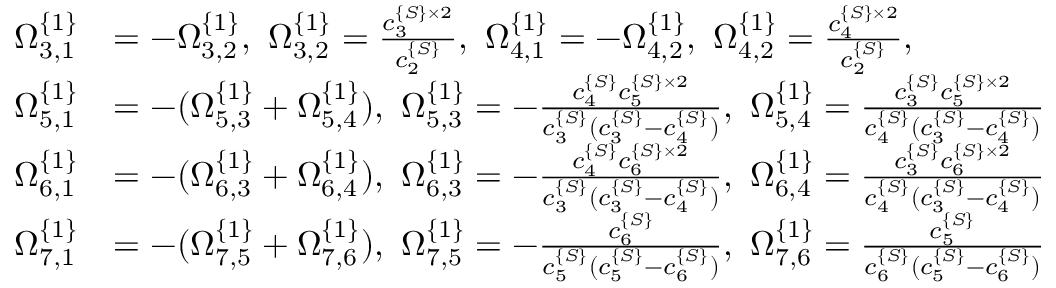
\begin{array} { r l } { \Omega _ { 3 , 1 } ^ { \{ 1 \} } } & { = - \Omega _ { 3 , 2 } ^ { \{ 1 \} } , \ \Omega _ { 3 , 2 } ^ { \{ 1 \} } = \frac { c _ { 3 } ^ { \{ S \} \times 2 } } { c _ { 2 } ^ { \{ S \} } } , \ \Omega _ { 4 , 1 } ^ { \{ 1 \} } = - \Omega _ { 4 , 2 } ^ { \{ 1 \} } , \ \Omega _ { 4 , 2 } ^ { \{ 1 \} } = \frac { c _ { 4 } ^ { \{ S \} \times 2 } } { c _ { 2 } ^ { \{ S \} } } , } \\ { \Omega _ { 5 , 1 } ^ { \{ 1 \} } } & { = - ( \Omega _ { 5 , 3 } ^ { \{ 1 \} } + \Omega _ { 5 , 4 } ^ { \{ 1 \} } ) , \ \Omega _ { 5 , 3 } ^ { \{ 1 \} } = - \frac { c _ { 4 } ^ { \{ S \} } c _ { 5 } ^ { \{ S \} \times 2 } } { c _ { 3 } ^ { \{ S \} } ( c _ { 3 } ^ { \{ S \} } - c _ { 4 } ^ { \{ S \} } ) } , \ \Omega _ { 5 , 4 } ^ { \{ 1 \} } = \frac { c _ { 3 } ^ { \{ S \} } c _ { 5 } ^ { \{ S \} \times 2 } } { c _ { 4 } ^ { \{ S \} } ( c _ { 3 } ^ { \{ S \} } - c _ { 4 } ^ { \{ S \} } ) } } \\ { \Omega _ { 6 , 1 } ^ { \{ 1 \} } } & { = - ( \Omega _ { 6 , 3 } ^ { \{ 1 \} } + \Omega _ { 6 , 4 } ^ { \{ 1 \} } ) , \ \Omega _ { 6 , 3 } ^ { \{ 1 \} } = - \frac { c _ { 4 } ^ { \{ S \} } c _ { 6 } ^ { \{ S \} \times 2 } } { c _ { 3 } ^ { \{ S \} } ( c _ { 3 } ^ { \{ S \} } - c _ { 4 } ^ { \{ S \} } ) } , \ \Omega _ { 6 , 4 } ^ { \{ 1 \} } = \frac { c _ { 3 } ^ { \{ S \} } c _ { 6 } ^ { \{ S \} \times 2 } } { c _ { 4 } ^ { \{ S \} } ( c _ { 3 } ^ { \{ S \} } - c _ { 4 } ^ { \{ S \} } ) } } \\ { \Omega _ { 7 , 1 } ^ { \{ 1 \} } } & { = - ( \Omega _ { 7 , 5 } ^ { \{ 1 \} } + \Omega _ { 7 , 6 } ^ { \{ 1 \} } ) , \ \Omega _ { 7 , 5 } ^ { \{ 1 \} } = - \frac { c _ { 6 } ^ { \{ S \} } } { c _ { 5 } ^ { \{ S \} } ( c _ { 5 } ^ { \{ S \} } - c _ { 6 } ^ { \{ S \} } ) } , \ \Omega _ { 7 , 6 } ^ { \{ 1 \} } = \frac { c _ { 5 } ^ { \{ S \} } } { c _ { 6 } ^ { \{ S \} } ( c _ { 5 } ^ { \{ S \} } - c _ { 6 } ^ { \{ S \} } ) } } \end{array}